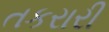
તકરારી